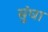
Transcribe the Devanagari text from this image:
सुंघा